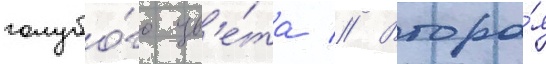
голубо́го цв'е́та // Втора́я